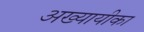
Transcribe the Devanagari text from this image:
अख्यायीका